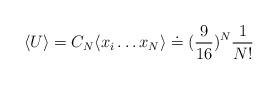
LaTeX: \begin{align*}\langle U \rangle = C_N \langle x_i\dots x_N \rangle \doteq (\frac{9}{16})^N\frac{1}{N!}\end{align*}